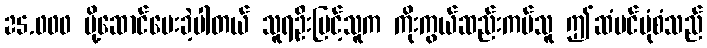
25.000 ပို့ဆောင်ပေးခဲ့ပါတယ် သူရဦးမြင့်သူက ကိုးကွယ်ဆည်းကပ်သူ ဤဆံပင်ပုံစံသည်